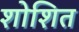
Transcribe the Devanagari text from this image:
शोशित